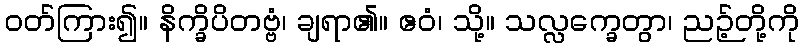
ဝတ်ကြား၍။ နိက္ခိပိတဗ္ဗံ၊ ချရာ၏။ ဧဝံ၊ သို့။ သလ္လက္ခေတွာ၊ ညဉ့်တို့ကို